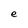
Character: e